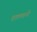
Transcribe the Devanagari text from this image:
शालवनो